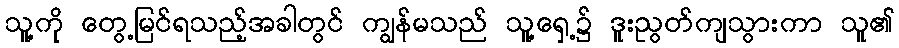
သူ့ကို တွေ့မြင်ရသည့်အခါတွင် ကျွန်မသည် သူ့ရှေ့၌ ဒူးညွတ်ကျသွားကာ သူ၏